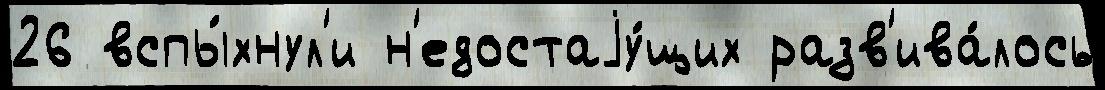
26 вспы́хнул'и н'едостаjу́щих разв'ива́лось